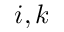
i , k